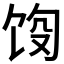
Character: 𬲵